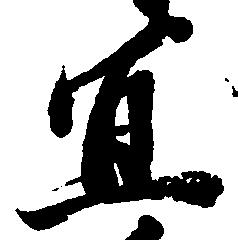
宜